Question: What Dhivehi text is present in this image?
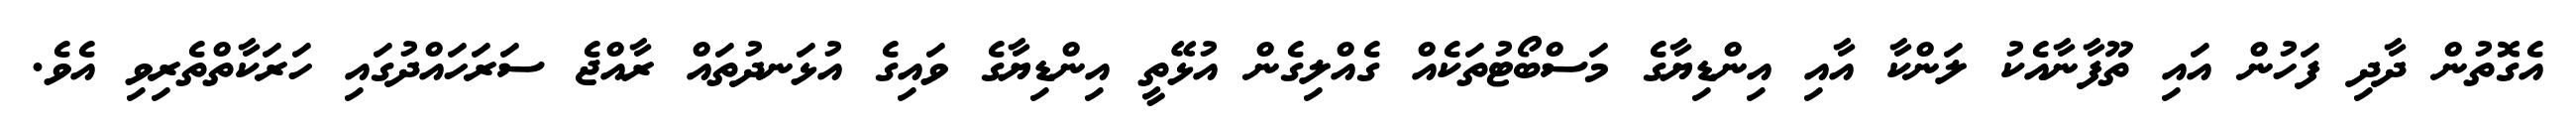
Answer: އެގޮތުން ދާދި ފަހުން އައި ތޫފާނާއެކު ލަންކާ އާއި އިންޑިޔާގެ މަސްބޯޓުތަކެއް ގެއްލިގެން އުޅޭތީ އިންޑިޔާގެ ވައިގެ އުޅަނދުތައް ރާއްޖެ ސަރަހައްދުގައި ހަރަކާތްތެރިވި އެވެ.